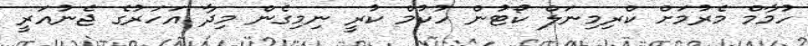
ހުމާމް މެރުމަށް ކްރިމިނަލް ކޯޓުން ހުކުމް ކުރީ ނިމިގެން މިދާ އަހަރުގެ ޖެނުއަރީ